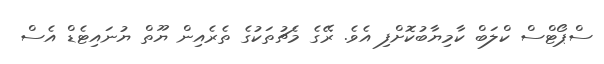
ސްޕޯޓްސް ކްލަބް ކާމިޔާބުކޮށްފި އެވެ. ރޭގެ މެޗުތަކުގެ ތެރެއިން ޔޫތް ޔުނައިޓެޑް އެސް